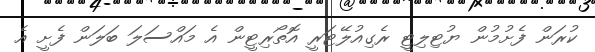
ކުރަން ފެށުމުން ޔުޓިލިޓީ ރެގިއުލޭޓަރީ އޮތޯރިޓީން އެ މައްސަލަ ބަލަން ފެށީ އެ